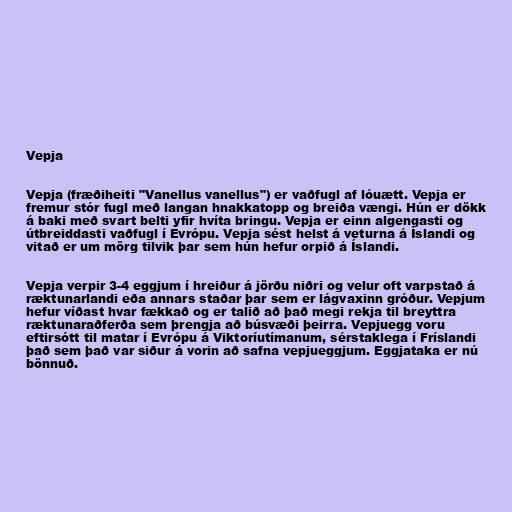
Vepja

Vepja (fræðiheiti "Vanellus vanellus") er vaðfugl af lóuætt. Vepja er
fremur stór fugl með langan hnakkatopp og breiða vængi. Hún er dökk
á baki með svart belti yfir hvíta bringu. Vepja er einn algengasti og
útbreiddasti vaðfugl í Evrópu. Vepja sést helst á veturna á Íslandi og
vitað er um mörg tilvik þar sem hún hefur orpið á Íslandi.

Vepja verpir 3-4 eggjum í hreiður á jörðu niðri og velur oft varpstað á
ræktunarlandi eða annars staðar þar sem er lágvaxinn gróður. Vepjum
hefur víðast hvar fækkað og er talið að það megi rekja til breyttra
ræktunaraðferða sem þrengja að búsvæði þeirra. Vepjuegg voru
eftirsótt til matar í Evrópu á Viktoríutímanum, sérstaklega í Fríslandi
það sem það var siður á vorin að safna vepjueggjum. Eggjataka er nú
bönnuð.